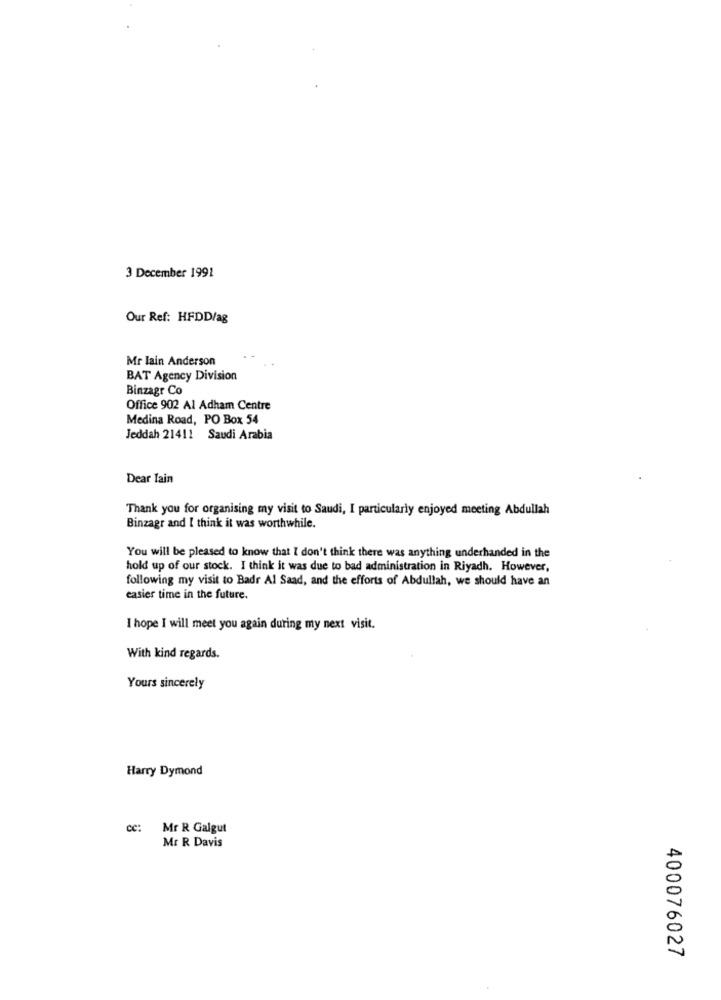
3 December 1991
Our Ref: HFDD/ag
Mr lain Anderson
BAT Agency Division
Binzagr Co
Office 902 Al Adham Centre
Medina Road, PO Box 54
Jeddah 21411 Saudi Arabia
Dear Tain
Thank you for organising my visit to Saudi, I particularly enjoyed meeting Abdullah
Binzagr and I think it was worthwhile.
You will be pleased to know that I don't think there was anything underhanded in the
hold up of our stock. I think it was due to bad administration in Riyadh. However,
following my visit to Badr Al Saad, and the efforts of Abdullah, we should have an
easier time in the future.
I hope I will meet you again during my next visit.
With kind regards.
Yours sincerely
Harry Dymond
cc:
Mr R Galgut
Mr R Davis
400076027